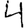
Digit: 4